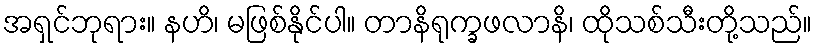
အရှင်ဘုရား။ နဟိ၊ မဖြစ်နိုင်ပါ။ တာနိရုက္ခဖလာနိ၊ ထိုသစ်သီးတို့သည်။